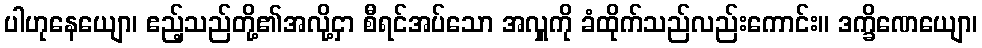
ပါဟုနေယျော၊ ဧည့်သည်တို့၏အလို့ငှာ စီရင်အပ်သော အလှူကို ခံထိုက်သည်လည်းကောင်း။ ဒက္ခိဏေယျော၊